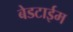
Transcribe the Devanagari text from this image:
बेडटाईम